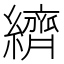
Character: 纃